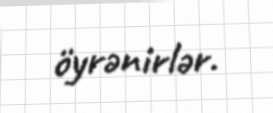
öyrənirlər.